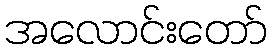
အလောင်းတော်